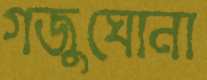
গজুঘোনা